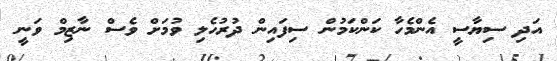
އަދި ސިޔާސީ އެންމެހާ ކަންކަމުން ސިފައިން ދުރުހެލި ވުމަށް ވެސް ނާޒިމް ވަނީ